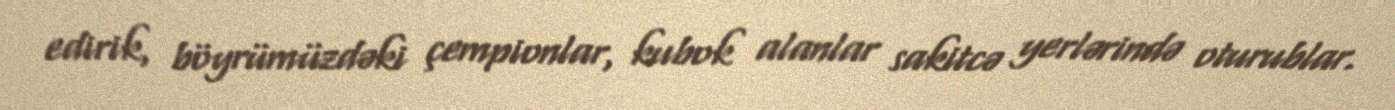
edirik, böyrümüzdəki çempionlar, kubok alanlar sakitcə yerlərində oturublar.